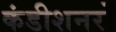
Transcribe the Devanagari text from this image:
कंडीशनरों